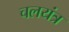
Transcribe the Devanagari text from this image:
चलयंत्र